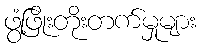
ဖွံ့ဖြိုးတိုးတက်မှုများ